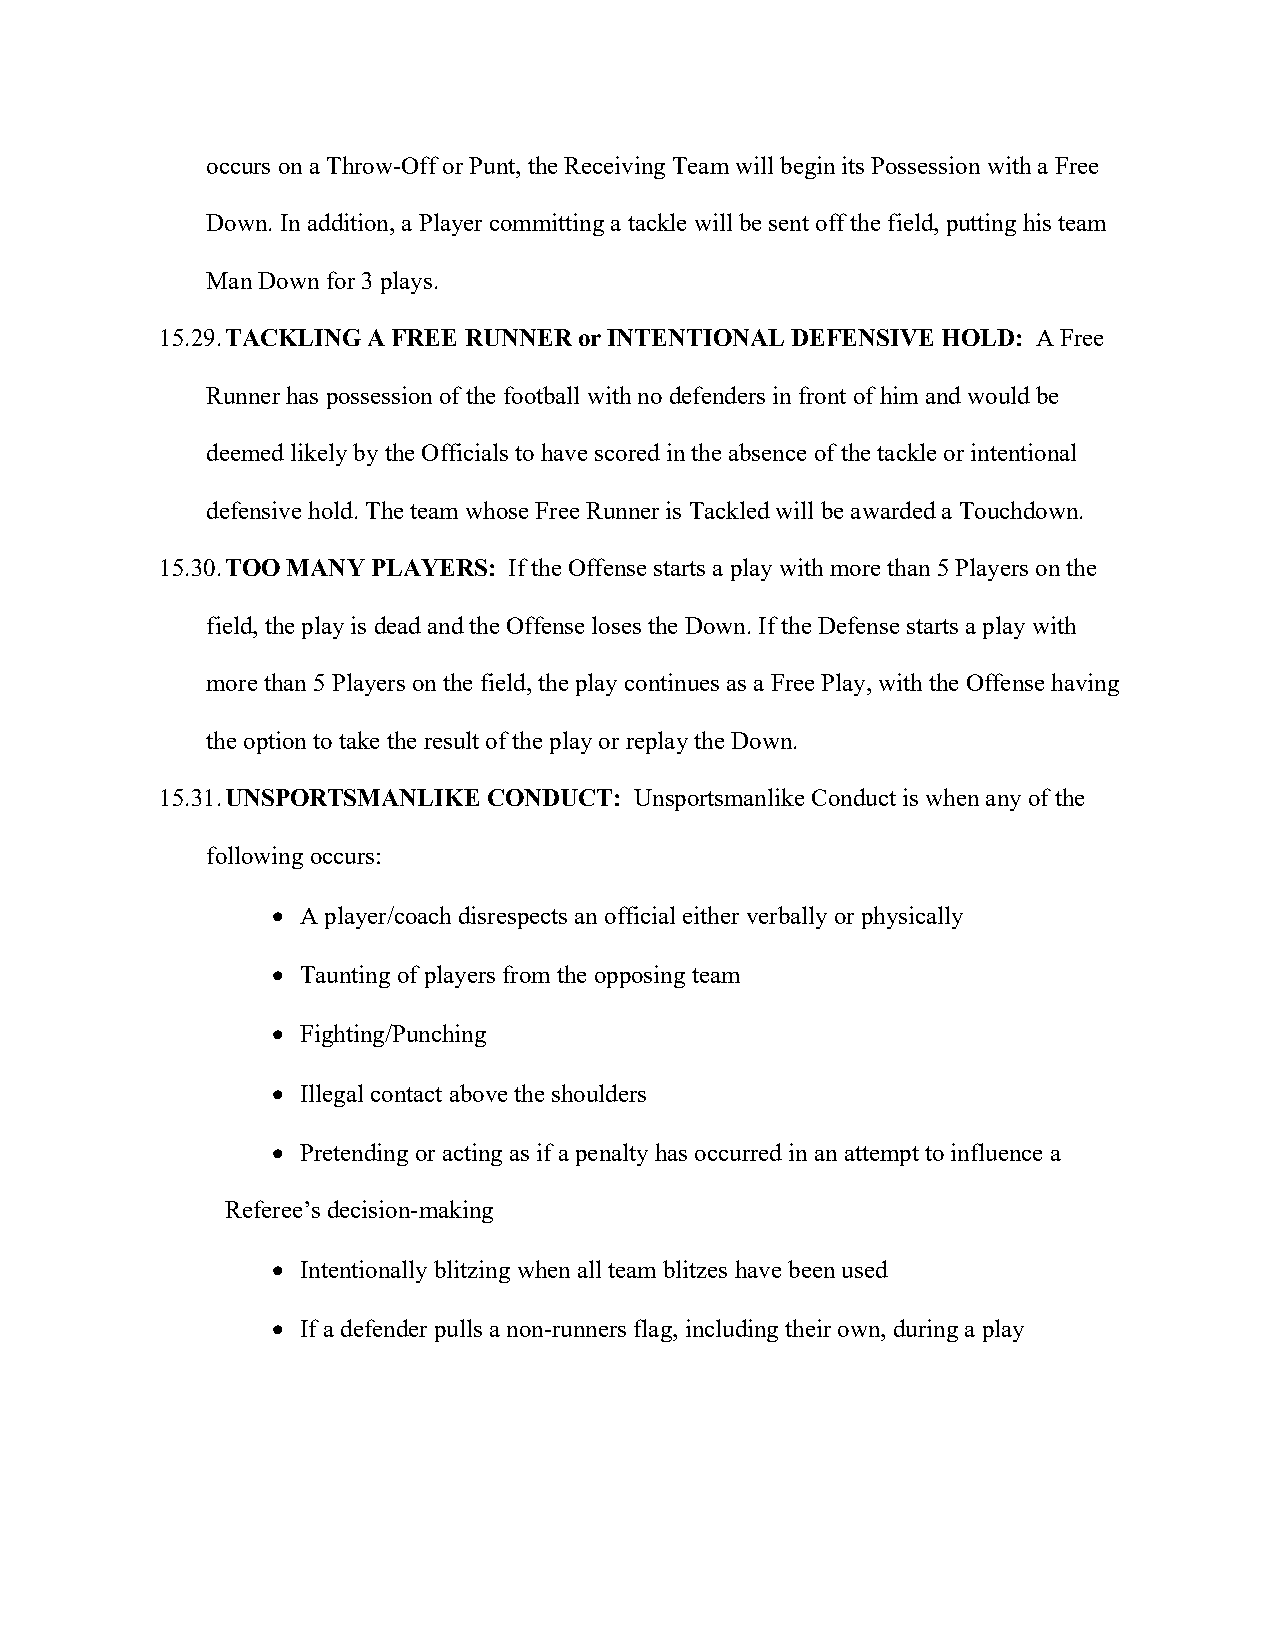
occurs on a Throw-Off or Punt, the Receiving Team will begin its Possession with a Free
 Down. In addition, a Player committing a tackle will be sent off the field, putting his team
 Man Down for 3 plays.
 15.29. TACKLING A FREE RUNNER or INTENTIONAL DEFENSIVE HOLD: A Free
 Runner has possession of the football with no defenders in front of him and would be
 deemed likely by the Officials to have scored in the absence of the tackle or intentional
 defensive hold. The team whose Free Runner is Tackled will be awarded a Touchdown.
 15.30. TOO MANY PLAYERS: If the Offense starts a play with more than 5 Players on the
 field, the play is dead and the Offense loses the Down. If the Defense starts a play with
 more than 5 Players on the field, the play continues as a Free Play, with the Offense having
 the option to take the result of the play or replay the Down.
 15.31. UNSPORTSMANLIKE CONDUCT: Unsportsmanlike Conduct is when any of the
 following occurs:
 • A player/coach disrespects an official either verbally or physically
 • Taunting of players from the opposing team
 • Fighting/Punching
 • Illegal contact above the shoulders
 • Pretending or acting as if a penalty has occurred in an attempt to influence a
 Referee’s decision-making
 • Intentionally blitzing when all team blitzes have been used
 • If a defender pulls a non-runners flag, including their own, during a play